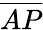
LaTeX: \overline{{AP}}